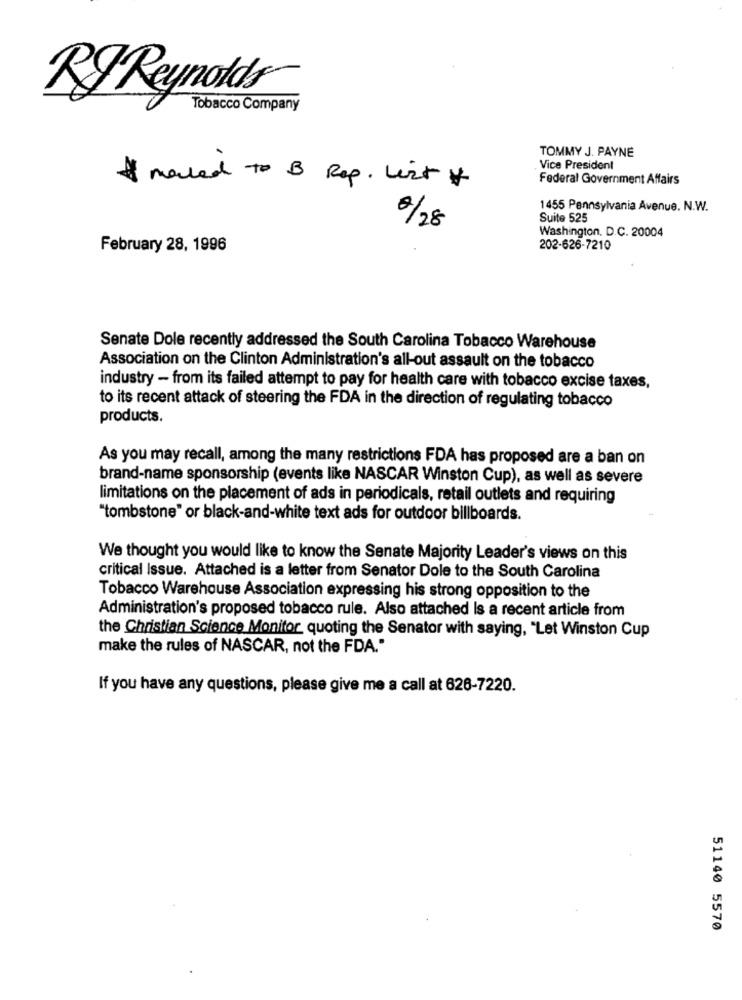
RyReynolds
Tobacco Company
TOMMY J. PAYNE
Vice President
Federal Government Affairs
# maled to B Rep. List &
1455 Pennsylvania Avenue. N.W.
Suite 525
8/28
Washington, D.C. 20004
February 28, 1996
202-626-7210
Senate Dole recently addressed the South Carolina Tobacco Warehouse
Association on the Clinton Administration's all-out assault on the tobacco
industry - from its failed attempt to pay for health care with tobacco excise taxes,
to its recent attack of steering the FDA in the direction of regulating tobacco
products.
As you may recall, among the many restrictions FDA has proposed are a ban on
brand-name sponsorship (events like NASCAR Winston Cup), as well as severe
limitations on the placement of ads in periodicals, retail outlets and requiring
"tombstone" or black-and-white text ads for outdoor billboards.
We thought you would like to know the Senate Majority Leader's views on this
critical Issue. Attached is a letter from Senator Dole to the South Carolina
Tobacco Warehouse Association expressing his strong opposition to the
Administration's proposed tobacco rule. Also attached Is a recent article from
the Christian Science Monitor quoting the Senator with saying, "Let Winston Cup
make the rules of NASCAR, not the FDA."
If you have any questions, please give me a call at 626-7220.
51140 5570